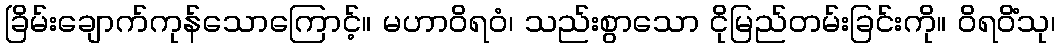
ခြိမ်းချောက်ကုန်သောကြောင့်။ မဟာဝိရဝံ၊ သည်းစွာသော ငိုမြည်တမ်းခြင်းကို။ ဝိရဝိံသု၊